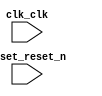

module proj_hello (
	clk_clk,
	reset_reset_n);	

	input		clk_clk;
	input		reset_reset_n;
endmodule